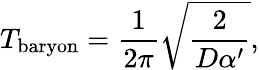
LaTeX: T_{\mathrm{baryon}}=\frac{1}{2\pi}\sqrt{\frac{2}{D\alpha^{\prime}}},